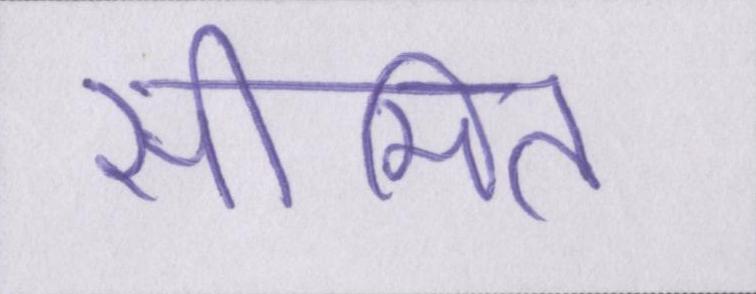
सीमित